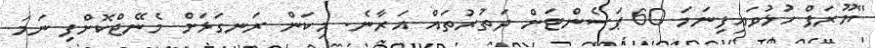
"ޔޫރަޕް ހުޅުވައިފިނަމަ 60 ޕަސެންޓަށް ދަތުރުތައް އަރާނެ. މިކަން ރަނގަޅަށް މެނޭޖްކޮށްފި ނަމަ